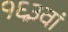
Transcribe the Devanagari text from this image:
१६३वां